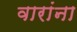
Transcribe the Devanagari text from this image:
वारांना